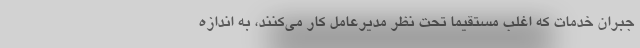
جبران خدمات که اغلب مستقیما تحت نظر مدیر‌عامل کار می‌کنند، به اندازه